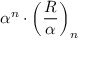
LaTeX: \alpha ^ { n } \cdot \left( { \frac { R } { \alpha } } \right) _ { n }